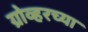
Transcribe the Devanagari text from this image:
ग्रोव्हरच्या